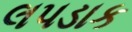
લપડાક